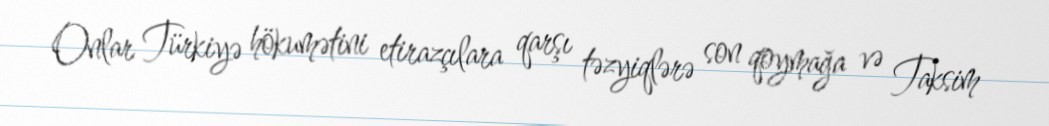
Onlar Türkiyə hökumətini etirazçılara qarşı təzyiqlərə son qoymağa və Taksim